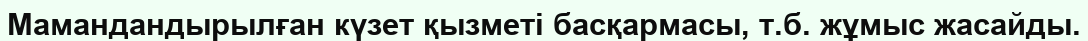
Мамандандырылған күзет қызметі басқармасы, т.б. жұмыс жасайды.